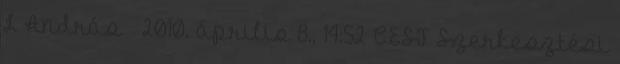
L András → 2010. április 8., 14:52 CEST Szerkesztési